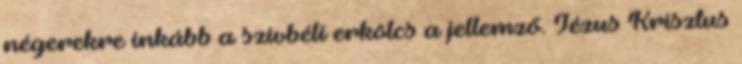
négerekre inkább a szívbéli erkölcs a jellemző. Jézus Krisztus